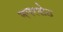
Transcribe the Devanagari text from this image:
नगरशेठ